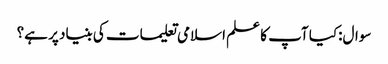
سوال:کیا آپ کا علم اسلامی تعلیمات کی بنیاد پر ہے؟